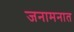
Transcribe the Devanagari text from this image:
जनामनात